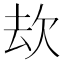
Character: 㰦